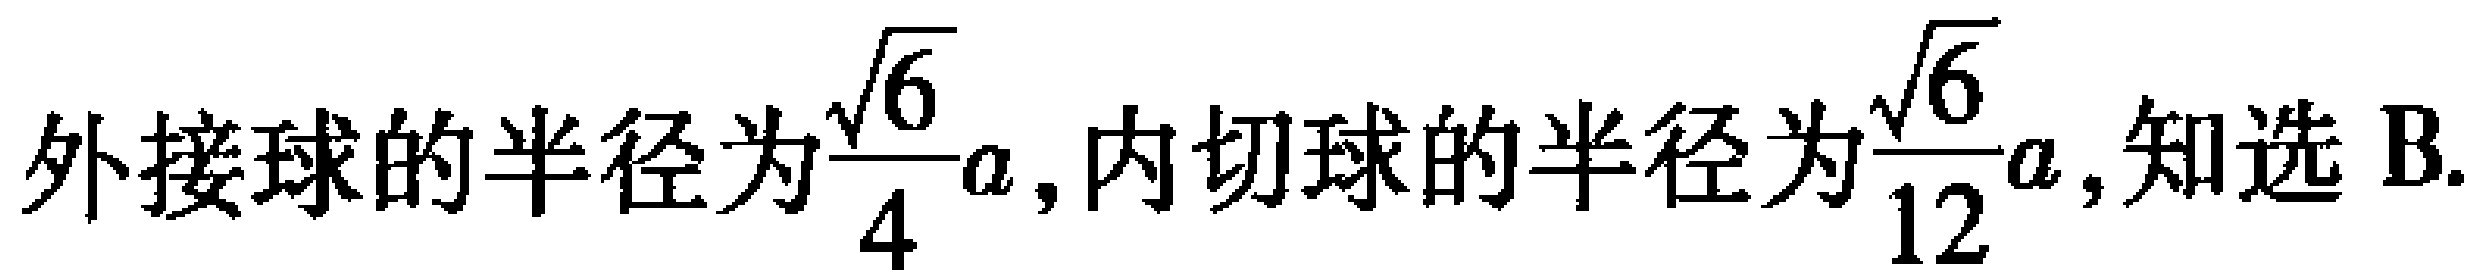
外接球的半径为$\dfrac{\sqrt{6}}{4}a$, 内切球的半径为$\dfrac{\sqrt{6}}{12}a$, 知选 B.